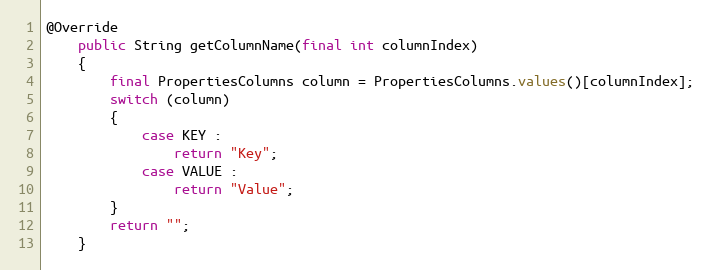
Language: Java
@Override
	public String getColumnName(final int columnIndex)
	{
		final PropertiesColumns column = PropertiesColumns.values()[columnIndex];
		switch (column)
		{
			case KEY :
				return "Key";
			case VALUE :
				return "Value";
		}
		return "";
	}